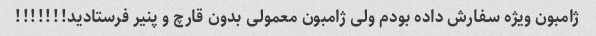
ژامبون ویژه سفارش داده بودم ولی ژامبون معمولی بدون قارچ و پنیر فرستادید!!!!!!!